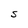
Character: S